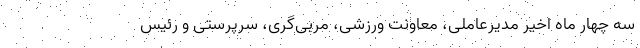
سه چهار ماه اخیر مدیرعاملی، معاونت ورزشی، مربی‌گری، سرپرستی و رئیس